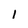
Character: I